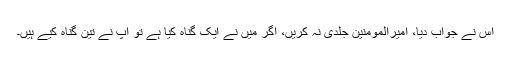
اس نے جواب دیا، امیرالمومنین جلدی نہ کریں، اگر میں نے ایک گناہ کیا ہے تو آپ نے تین گناہ کیے ہیں۔